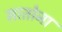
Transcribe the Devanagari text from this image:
सातोना